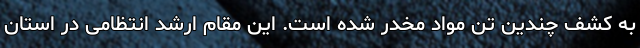
به کشف چندین تن مواد مخدر شده است. این مقام ارشد انتظامی در استان